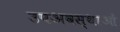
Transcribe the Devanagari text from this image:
उपअवस्थाओं